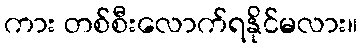
ကား တစ်စီးလောက်ရနိုင်မလား။